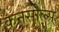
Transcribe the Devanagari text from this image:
कनसोल्स